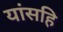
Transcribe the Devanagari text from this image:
यांसहि